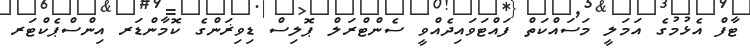
ޓާފް އެޅުމުގެ އަމަލީ މަސައްކަތް ފައްޓަވައިދެއްވީ ސެންޓްރަލް ޕޮލިސް ޑިވިޜަންގެ ކޮމާންޑަރ އިންސްޕެކްޓަރ